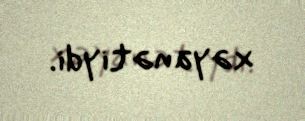
xəyanətiydi.